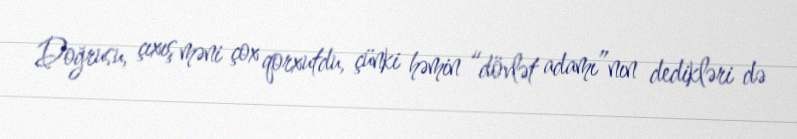
Doğrusu, çıxış məni çox qorxutdu, çünki həmin “dövlət adamı”nın dedikləri də